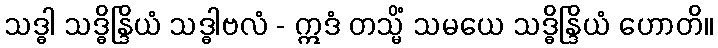
သဒ္ဓါ သဒ္ဓိန္ဒြိယံ သဒ္ဓါဗလံ - ဣဒံ တသ္မိံ သမယေ သဒ္ဓိန္ဒြိယံ ဟောတိ။